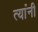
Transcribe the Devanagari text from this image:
त्‍यांंनी